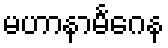
မဟာနာမင်္ဂေန